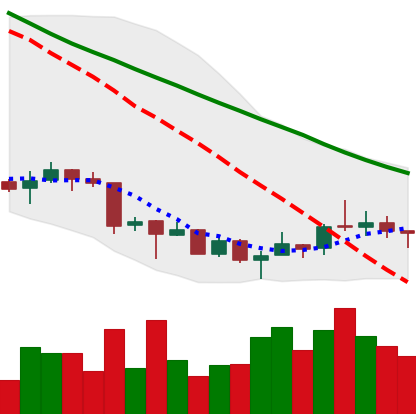
Ticker: XRP-USD
Chart end date: 2018-07-06
Forward return: -6.035%
Label: down_5_7